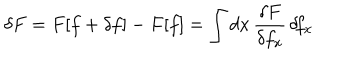
LaTeX: \delta F = F [ f + \delta f ] - F [ f ] = \int d x \, \frac { \delta F } { \delta f _ { x } } \, \delta \! f _ { x }